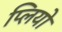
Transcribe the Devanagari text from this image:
प्लियो